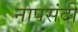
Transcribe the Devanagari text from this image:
नापसंदी